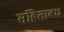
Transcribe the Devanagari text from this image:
संहिताबध